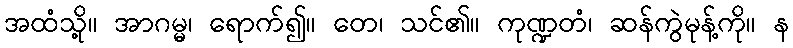
အထံသို့။ အာဂမ္မ၊ ရောက်၍။ တေ၊ သင်၏။ ကုဏ္ဍတံ၊ ဆန်ကွဲမုန့်ကို။ န